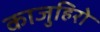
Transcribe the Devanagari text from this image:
काजुहिरो